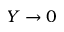
Y \to 0